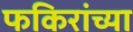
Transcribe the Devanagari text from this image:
फकिरांच्या